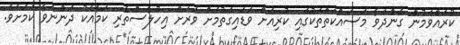
ކުރައްވަމުން ގެންދަވާ މަސައްކަތްތަކުގައި ކުރިއަށް ވަޑައިގަތުމަށް ވަރަށް އިހުލާސްތެރި ކަމާއެކު ދަންނަވާ ކަމަށެވެ.